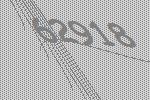
62918